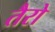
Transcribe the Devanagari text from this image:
तैरो